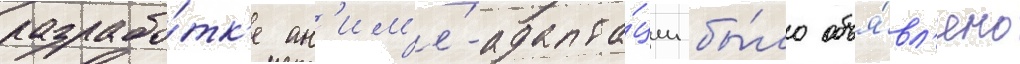
разрабо́тк'е ан'им'е́-адапта́ции бы́ло объя́вл'ено